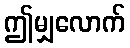
ဤမျှလောက်